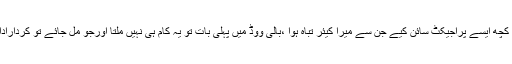
بالی ووڈکی نامور اداکارہ ماہیماچوہدری نے کہا ہے کہ کچھ ایسے پراجیکٹ سائن کیے جن سے میرا کیئر تباہ ہوا ،بالی ووڈ میں پہلی بات تو یہ کام ہی نہیں ملتا اورجو مل جائے تو کردارادا نہیں ہوتا ،یہی وجہ ہے کہ انڈسٹری کو خیرباد کہہ دیا۔